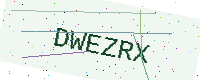
Text: DWEZRX